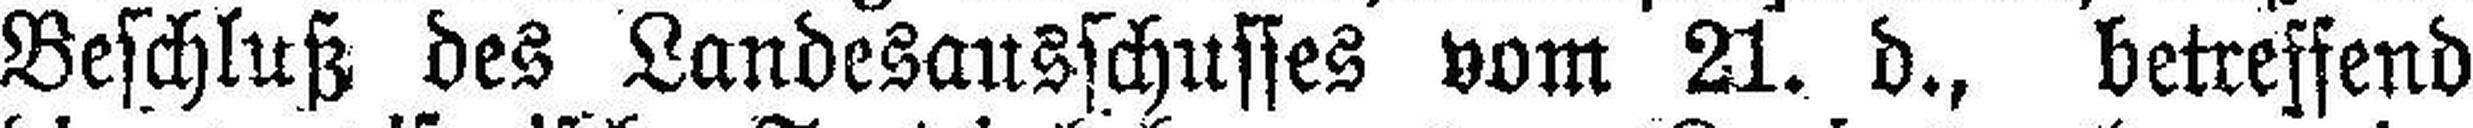
Beschluß des Landesausschusses vom 21. d., betreffend